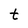
Character: t